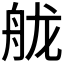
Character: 𦨩